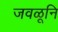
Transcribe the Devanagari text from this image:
जवळूनि